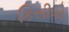
કિસીકો